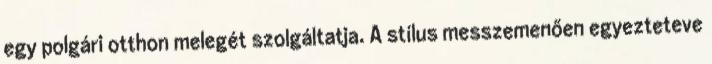
egy polgári otthon melegét szolgáltatja. A stílus messzemenően egyezteteve